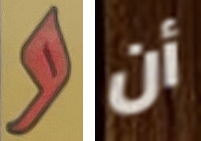
و أن